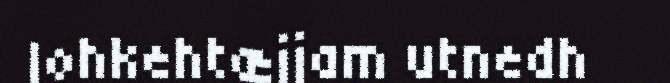
lohkehtæjjam utnedh